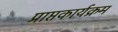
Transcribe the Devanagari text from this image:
प्राप्तकार्यक्रम